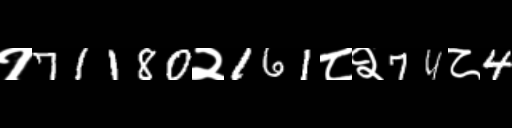
Text: १71180२161८२74८4